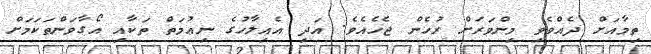
ތިމާއަށް ދެއްވެވި މިންވަރަށް ރުހެން ޖެހެއެވެ. އަދި އެއިލާހުގެ ނިޢުމަތް ތަކާއި އޯގާވަންތަކަމަށް